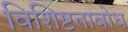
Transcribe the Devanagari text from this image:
विशिष्टताबोध